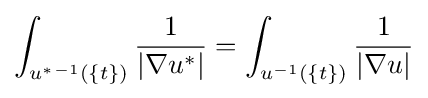
\int _{u^{*}{}^{-1}(\{t\})}{\frac {1}{|\nabla u^{*}|}}=\int _{u^{-1}(\{t\})}{\frac {1}{|\nabla u|}}